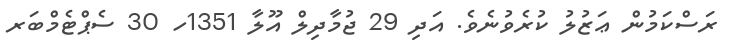
ރަސްކަމުން ޢަޒުލު ކުރެވުނެވެ. އަދި 29 ޖުމާދިލް އޫލާ 1351ހ 30 ސެޕްޓެމްބަރ